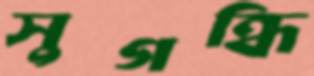
সুগন্ধি